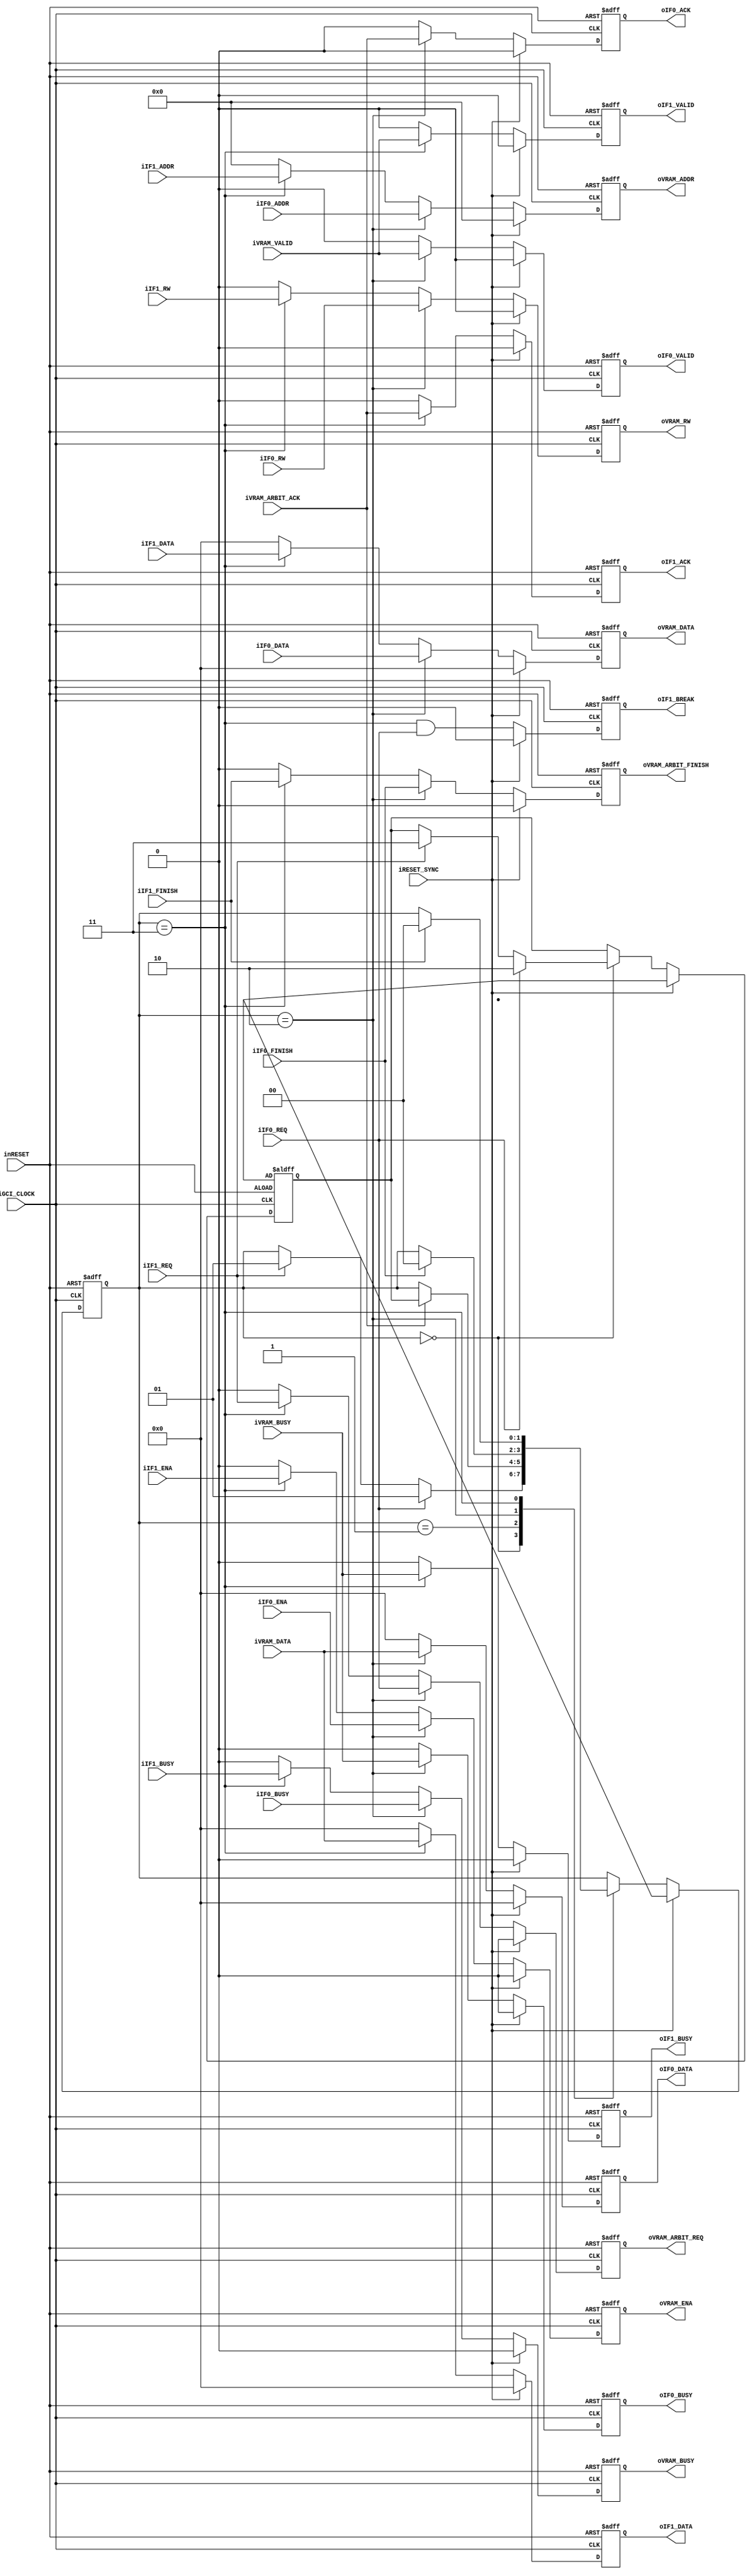
module gci_std_display_vram_interface #(
		parameter P_MEM_ADDR_N = 19
	)(
		input wire iGCI_CLOCK,
		input wire inRESET,
		input wire iRESET_SYNC,
		//IF0 (Priority IF0>IF1)
		input wire iIF0_REQ,
		output wire oIF0_ACK,
		input wire iIF0_FINISH,
		input wire iIF0_ENA,
		output wire oIF0_BUSY,
		input wire iIF0_RW,
		input wire [P_MEM_ADDR_N-1:0] iIF0_ADDR,
		input wire [31:0] iIF0_DATA,
		output wire oIF0_VALID,
		input wire iIF0_BUSY,
		output wire [31:0] oIF0_DATA,
		//IF1
		input wire iIF1_REQ,
		output wire oIF1_ACK,
		input wire iIF1_FINISH,
		output wire oIF1_BREAK,
		input wire iIF1_ENA,
		output wire oIF1_BUSY,
		input wire iIF1_RW,
		input wire [P_MEM_ADDR_N-1:0] iIF1_ADDR,
		input wire [31:0] iIF1_DATA,
		output wire oIF1_VALID,
		input wire iIF1_BUSY,
		output wire [31:0] oIF1_DATA,
		//Vram Interface
		output wire oVRAM_ARBIT_REQ,
		input wire iVRAM_ARBIT_ACK,
		output wire oVRAM_ARBIT_FINISH,
		output wire oVRAM_ENA,
		input wire iVRAM_BUSY,
		output wire oVRAM_RW,
		output wire [P_MEM_ADDR_N-1:0] oVRAM_ADDR,
		output wire [31:0] oVRAM_DATA,
		input wire iVRAM_VALID,
		output wire oVRAM_BUSY,
		input wire [31:0] iVRAM_DATA
	);
	
	//Main State
	parameter P_L_MAIN_STT_IDLE = 2'h0;
	parameter P_L_MAIN_STT_REQ = 2'h1;
	parameter P_L_MAIN_STT_IF0 = 2'h2;
	parameter P_L_MAIN_STT_IF1 = 2'h3;
	
	
	//Main State
	reg [1:0] b_main_state;
	reg [1:0] b_main_if_select;
	//IF 2 Memory
	reg b_if2vram_req;
	reg b_if2vram_finish;
	reg b_if2vram_ena;
	reg b_if2vram_rw;
	reg [P_MEM_ADDR_N-1:0] b_if2vram_addr;
	reg [31:0] b_if2vram_data;
	reg b_if2vram_busy;
	//Memory 2 IF0
	reg b_vram2if0_ack;
	reg b_vram2if0_busy;
	reg b_vram2if0_valid;
	reg [31:0] b_vram2if0_data;	
	//Memory 2 IF1
	reg b_vram2if1_ack;
	reg b_vram2if1_busy;
	reg b_vram2if1_valid;
	reg [31:0] b_vram2if1_data;
	//IF0 Pryority
	reg b_if0_break;
	
	/***************************************************
	State
	***************************************************/
	always@(posedge iGCI_CLOCK or negedge inRESET)begin
		if(!inRESET)begin
			b_main_state <= P_L_MAIN_STT_IDLE;
			b_main_if_select <= P_L_PARAM_STT_IDLE;
		end
		else if(iRESET_SYNC)begin
			b_main_state <= P_L_PARAM_STT_IDLE;
			b_main_if_select <= P_L_PARAM_STT_IDLE;
		end
		else begin
			case(b_main_state)
				P_L_MAIN_STT_IDLE:
					begin			
						if(iIF0_REQ)begin
							b_main_state <= P_L_MAIN_STT_REQ;
							b_main_if_select <= P_L_MAIN_STT_IF0;
						end
						else if(iIF1_REQ)begin
							b_main_state <= P_L_MAIN_STT_REQ;
							b_main_if_select <= P_L_MAIN_STT_IF1;
						end
					end
				P_L_MAIN_STT_REQ:
					begin
						if(iVRAM_ARBIT_ACK)begin
							b_main_state <= b_main_if_select;
						end
					end
				P_L_MAIN_STT_IF0:
					begin
						if(iIF0_FINISH)begin
							b_main_state <= P_L_MAIN_STT_IDLE;
						end
					end
				P_L_MAIN_STT_IF1:
					begin
						if(iIF1_FINISH)begin
							b_main_state <= P_L_MAIN_STT_IDLE;
						end
					end
				default:
					begin
						b_main_state <= P_L_MAIN_STT_IDLE;
					end
			endcase
		end
	end //main state
	
	
	//IF 2 Memory
	always@(posedge iGCI_CLOCK or negedge inRESET)begin	
		if(!inRESET)begin			
			b_if2vram_req <= 1'b0;
			b_if2vram_finish <= 1'b0;
			b_if2vram_ena <= 1'b0;
			b_if2vram_rw <= 1'b0;
			b_if2vram_addr <= {P_MEM_ADDR_N{1'b0}};
			b_if2vram_data <= 32'h0;
			b_if2vram_busy <= 1'b0;
		end
		else if(iRESET_SYNC)begin
			b_if2vram_req <= 1'b0;
			b_if2vram_finish <= 1'b0;
			b_if2vram_ena <= 1'b0;
			b_if2vram_rw <= 1'b0;
			b_if2vram_addr <= {P_MEM_ADDR_N{1'b0}};
			b_if2vram_data <= 32'h0;
			b_if2vram_busy <= 1'b0;
		end
		else begin
			if(b_main_state == P_L_MAIN_STT_IF0)begin
				b_if2vram_req <= iIF0_REQ;
				b_if2vram_finish <= iIF0_FINISH;
				b_if2vram_ena <= iIF0_ENA;
				b_if2vram_rw <= iIF0_RW;
				b_if2vram_addr <= iIF0_ADDR;
				b_if2vram_data <= iIF0_DATA;
				b_if2vram_busy <= iIF0_BUSY;
			end
			else if(b_main_state == P_L_MAIN_STT_IF1)begin
				b_if2vram_req <= iIF1_REQ;
				b_if2vram_finish <= iIF1_FINISH;
				b_if2vram_ena <= iIF1_ENA;
				b_if2vram_rw <= iIF1_RW;
				b_if2vram_addr <= iIF1_ADDR;
				b_if2vram_data <= iIF1_DATA;
				b_if2vram_busy <= iIF1_BUSY;
			end
			else begin
				b_if2vram_req <= 1'b0;
				b_if2vram_finish <= 1'b0;
				b_if2vram_ena <= 1'b0;
				b_if2vram_rw <= 1'b0;
				b_if2vram_addr <= {P_MEM_ADDR_N{1'b0}};
				b_if2vram_busy <= 1'b0;
				b_if2vram_data <= 32'h0;
				b_if2vram_busy <= 1'b0;
			end
		end
	end //Output buffer alwyas
	
	
	always@(posedge iGCI_CLOCK or negedge inRESET)begin
		if(!inRESET)begin
			b_vram2if0_ack <= 1'b0;
			b_vram2if0_busy <= 1'b0;
			b_vram2if0_valid <= 1'b0;
			b_vram2if0_data <= 32'h0;
		end
		else if(iRESET_SYNC)begin
			b_vram2if0_ack <= 1'b0;
			b_vram2if0_busy <= 1'b0;
			b_vram2if0_valid <= 1'b0;
			b_vram2if0_data <= 32'h0;
		end
		else begin
			if(b_main_state == P_L_MAIN_STT_IF0)begin
				b_vram2if0_ack <= iVRAM_ARBIT_ACK;
				b_vram2if0_busy <= iVRAM_BUSY;
				b_vram2if0_valid <= iVRAM_VALID;
				b_vram2if0_data <= iVRAM_DATA;
			end
			else begin
				b_vram2if0_ack <= 1'b0;
				b_vram2if0_busy <= 1'b0;
				b_vram2if0_valid <= 1'b0;
				b_vram2if0_data <= 32'h0;
			end
		end
	end
	
	
	always@(posedge iGCI_CLOCK or negedge inRESET)begin
		if(!inRESET)begin
			b_vram2if1_ack <= 1'b0;
			b_vram2if1_busy <= 1'b0;
			b_vram2if1_valid <= 1'b0;
			b_vram2if1_data <= 32'h0;
		end
		else if(iRESET_SYNC)begin
			b_vram2if1_ack <= 1'b0;
			b_vram2if1_busy <= 1'b0;
			b_vram2if1_valid <= 1'b0;
			b_vram2if1_data <= 32'h0;
		end
		else begin
			if(b_main_state == P_L_MAIN_STT_IF1)begin
				b_vram2if1_ack <= iVRAM_ARBIT_ACK;
				b_vram2if1_busy <= iVRAM_BUSY;
				b_vram2if1_valid <= iVRAM_VALID;
				b_vram2if1_data <= iVRAM_DATA;
			end
			else begin
				b_vram2if1_ack <= 1'b0;
				b_vram2if1_busy <= 1'b0;
				b_vram2if1_valid <= 1'b0;
				b_vram2if1_data <= 32'h0;
			end
		end
	end
	
	
	always@(posedge iGCI_CLOCK or negedge inRESET)begin
		if(!inRESET)begin
			b_if0_break <= 1'b0;
		end
		else if(iRESET_SYNC)begin
			b_if0_break <= 1'b0;
		end
		else begin
			b_if0_break <= (b_main_state == P_L_MAIN_STT_IF1) && iIF0_REQ;
		end
	end //Priority
	
	
	
	assign oVRAM_ARBIT_REQ = b_if2vram_req;
	assign oVRAM_ARBIT_FINISH = b_if2vram_finish;
	assign oVRAM_ENA = b_if2vram_ena;
	assign oVRAM_RW = b_if2vram_rw;
	assign oVRAM_ADDR = b_if2vram_addr;
	assign oVRAM_DATA = b_if2vram_data;
	assign oVRAM_BUSY = b_if2vram_busy;
		
	assign oIF0_ACK = b_vram2if0_ack;
	assign oIF0_BUSY = b_vram2if0_busy;
	assign oIF0_VALID = b_vram2if0_valid;
	assign oIF0_DATA = b_vram2if0_data;

	assign oIF1_ACK = b_vram2if1_ack;
	assign oIF1_BREAK = b_if0_break;
	assign oIF1_BUSY = b_vram2if1_busy;
	assign oIF1_VALID = b_vram2if1_valid;
	assign oIF1_DATA = b_vram2if1_data;
	
	
endmodule